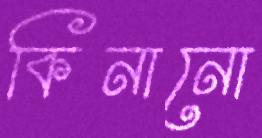
কিনানো